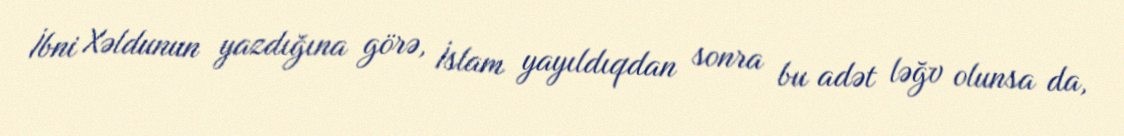
İbni Xəldunun yazdığına görə, İslam yayıldıqdan sonra bu adət ləğv olunsa da,